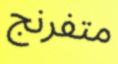
متفرنج